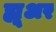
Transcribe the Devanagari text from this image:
ह्यू्अर